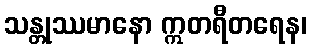
သန္တုဿမာနော ဣတရီတရေန၊